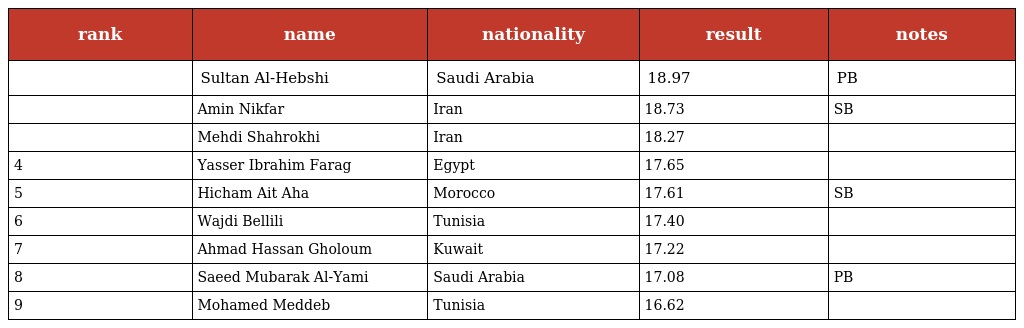
| rank | name | nationality | result | notes |
 | --- | --- | --- | --- | --- |
 |  | Sultan Al-Hebshi | Saudi Arabia | 18.97 | PB |
 |  | Amin Nikfar | Iran | 18.73 | SB |
 |  | Mehdi Shahrokhi | Iran | 18.27 |  |
 | 4 | Yasser Ibrahim Farag | Egypt | 17.65 |  |
 | 5 | Hicham Ait Aha | Morocco | 17.61 | SB |
 | 6 | Wajdi Bellili | Tunisia | 17.40 |  |
 | 7 | Ahmad Hassan Gholoum | Kuwait | 17.22 |  |
 | 8 | Saeed Mubarak Al-Yami | Saudi Arabia | 17.08 | PB |
 | 9 | Mohamed Meddeb | Tunisia | 16.62 |  |